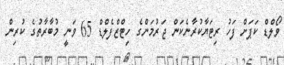
ވޯލްޑް ކަޕަށް ފަހު ރިޓަޔާކުރާނެކަން ޖަރުމަންގެ ހިޓްޒްފެލްޑް 65 ވަނީ މުބާރާތުގެ ކުރިން